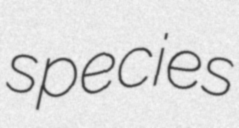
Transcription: species